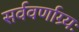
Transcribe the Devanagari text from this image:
सर्ववर्णाग्र्यः